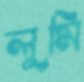
লুমি